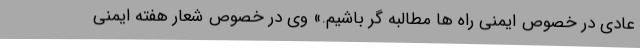
عادی در خصوص ایمنی راه ها مطالبه گر باشیم.» وی در خصوص شعار هفته ایمنی